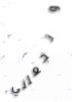
وتجعلني